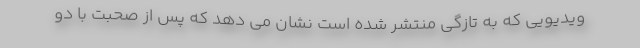
ویدیویی که به تازگی منتشر شده است نشان می دهد که پس از صحبت با دو